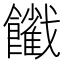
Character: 𩟦